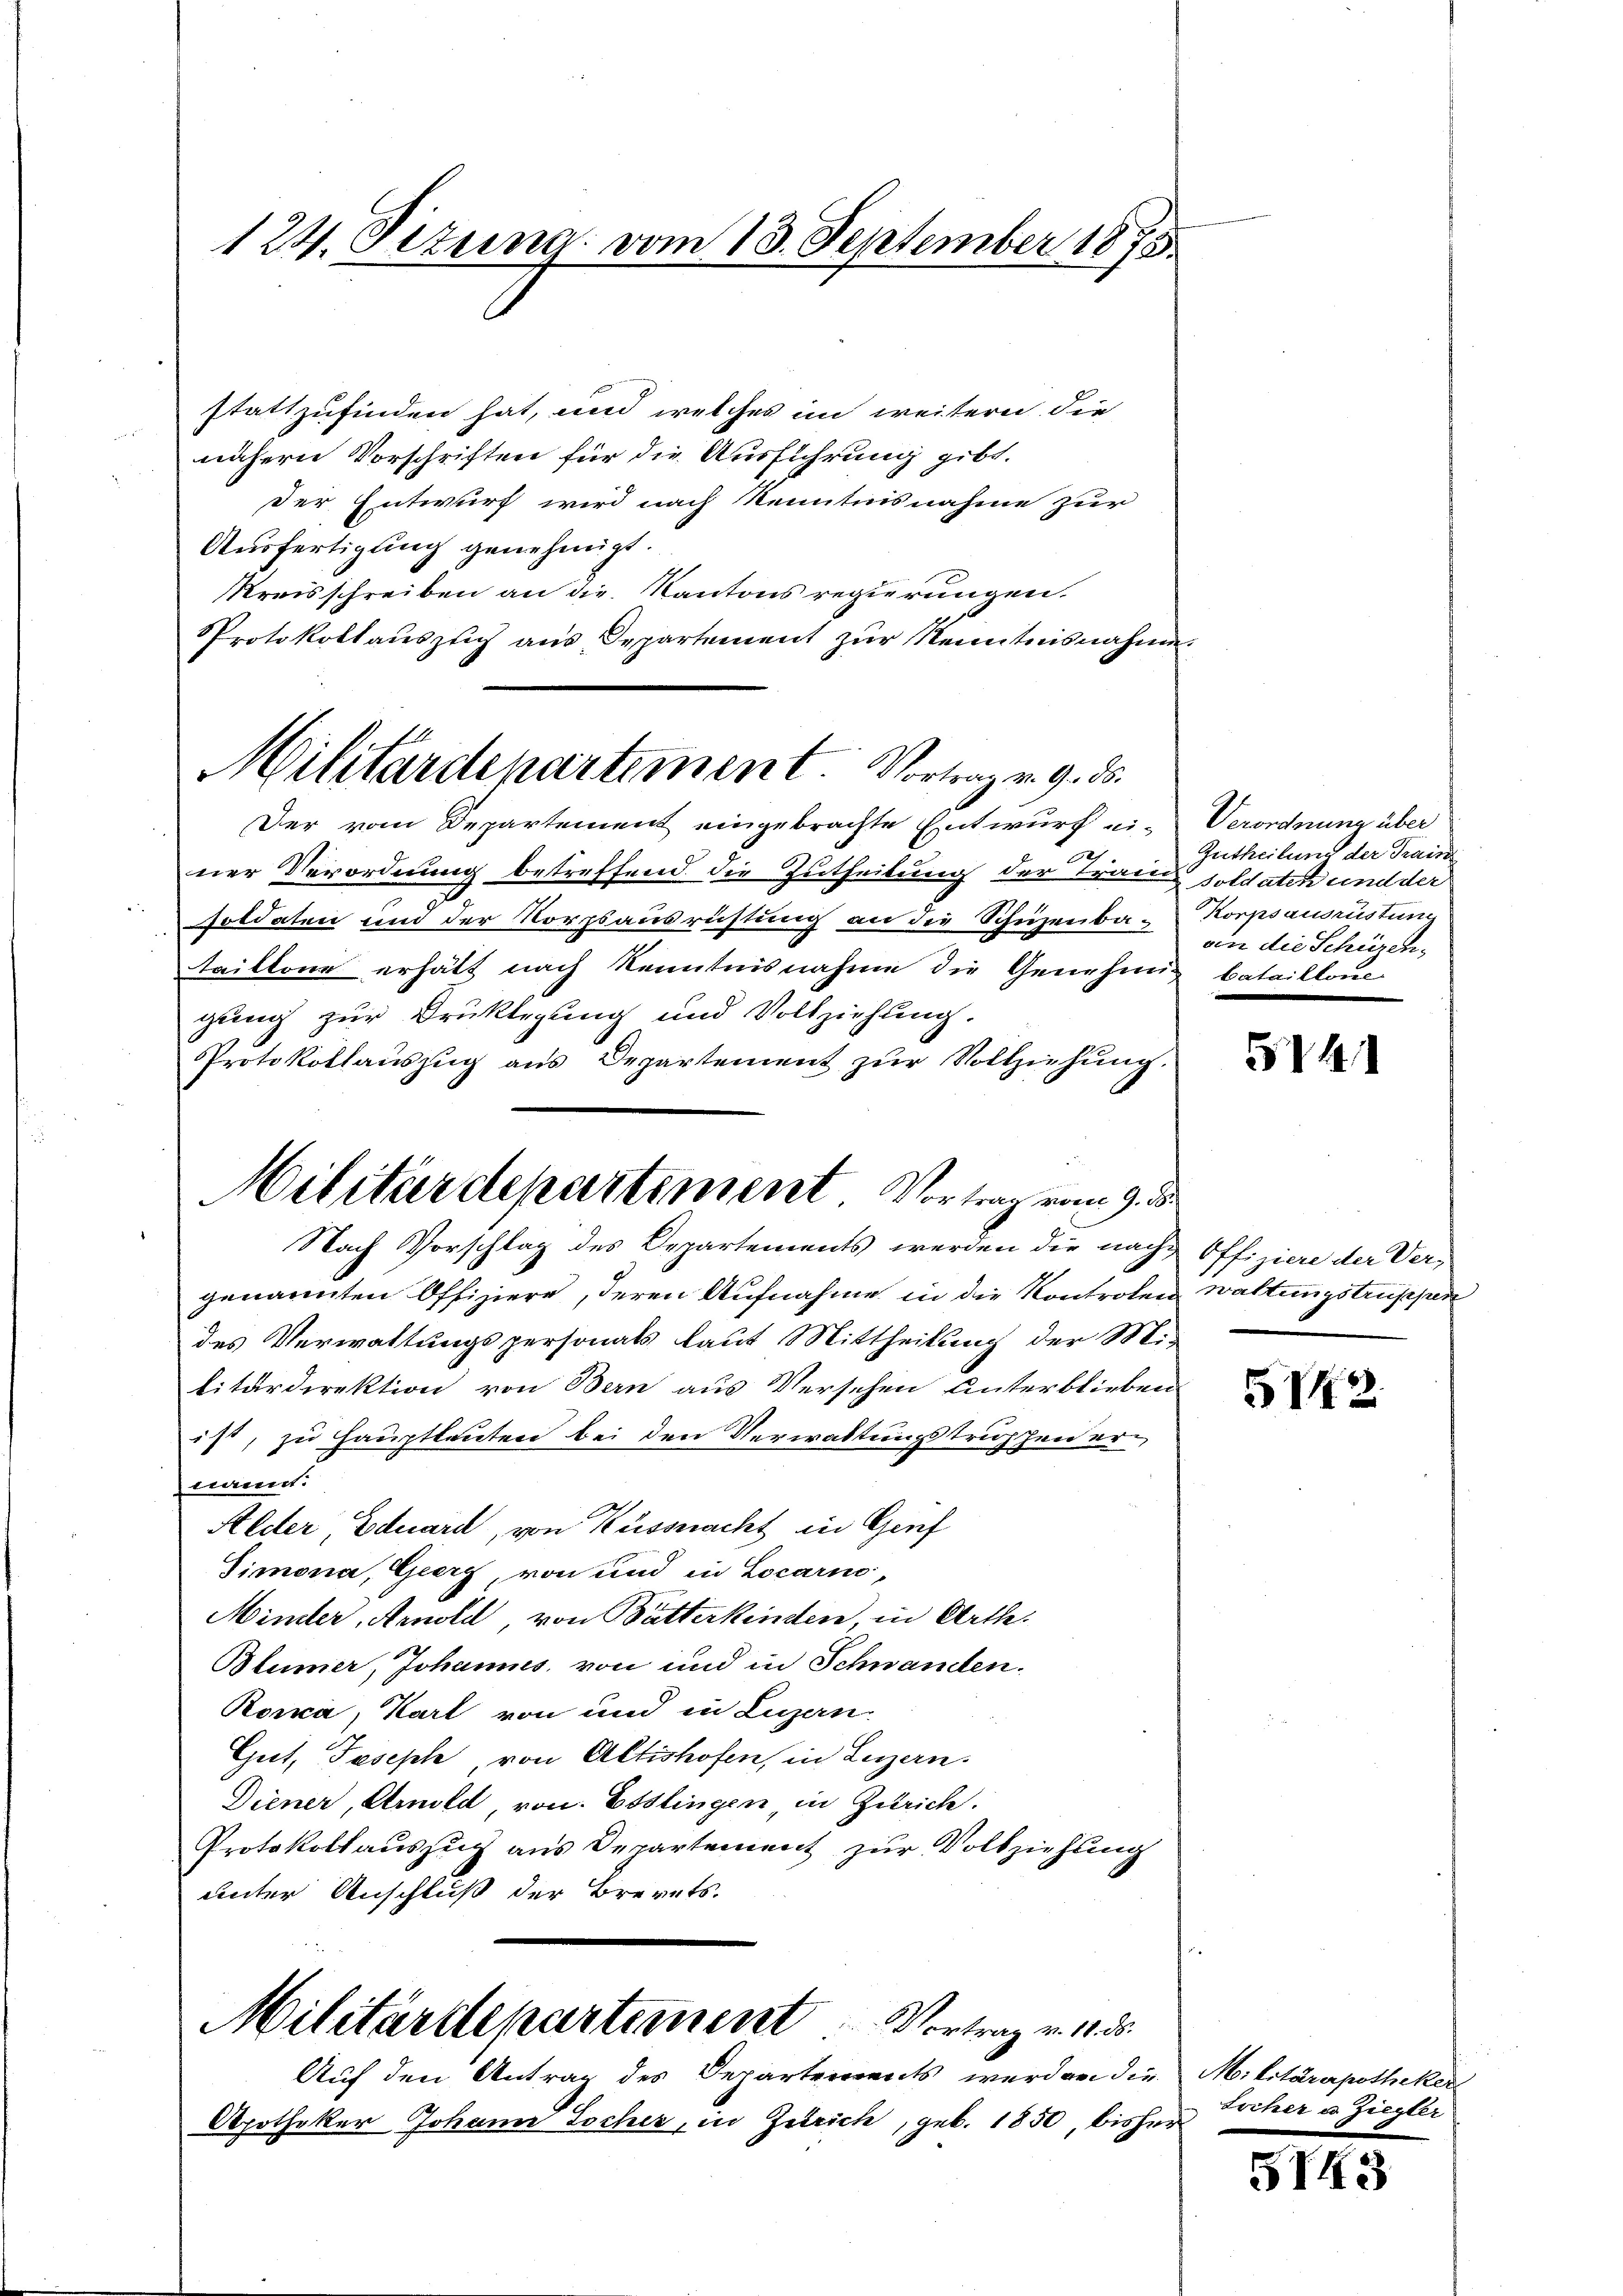
124. Sizung vom 13. September 1875

stattzufinden hat, und welches im weitern die
.
nähern Vorschriften für die Ausführung gibt.
der Entwurf wird nach Kenntnisnahme zur
Ausfertigung genehmigt.
Kreisschreiben an die Kantons regierungen.
Protokollauszug aus Departement zur Kenntnisnahme.
Der vom Departement eingebrachte Entwurf ei-
ner Verordnung betreffend die Zutheilung der Traun soldaten und der
soldaten und der Norzsausrüstung an die Schüzenba-
taillone erhält nach Kenntnisnahme die Genehmig bataillone
gung zur Druklegung und Vollziehung.
Protokollauszug aus Departement zur Vollziehung.
genannten Offiziere, deren Aufnahme in die Kontroten waltungstruppen
des Verwaltungspersonats laut Mittheilung der Mi-
litärdirektion von Bern aus Versehen unterblieben
ist, zu Hauptleuten bei den Verwaltungstrüpfen ernannt.
Alder Eduard, von Küssnacht in Genf
Timona, Geerg, von und in Locarno-
Minder, Arnold, von Butterkinden, in Arthe
Blümer, Johannes, von und in Schwanden.
Rorica, Karl von und in Luzern.
Gut, Joseph von Altishofen, in Luzern.
Diener, Amild, von Esslingen in Zürich.
Protokollauszug aus Departement zur Vollziehung
unter Anschluß der Brevets.
Militärdepartement. Vortrag v. 18. ds.
Auf den Antrag des Departements werden die Militärapotheker
Apotheker Johann Locher, in Zürich, geb. 1850, bisher

Militärdepartement. Vortrag v. 9. ds.

Militärdepartement Vortrag vom 9. d.
Nach Vorschlag des Departements werden die nach Offiziere der Ver¬

Verordnung über
Zutheilung der Traise
Korpsauszustum
an die Schüzen.

574.

5V2

Locher u Ziegler

S743